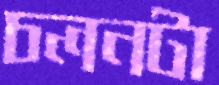
চলনটা